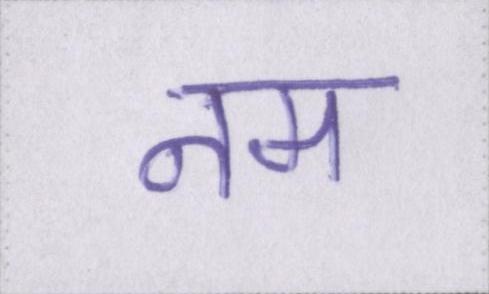
नम